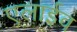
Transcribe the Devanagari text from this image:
एलाईव